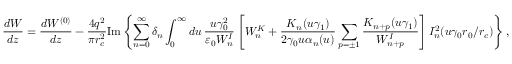
\frac { d W } { d z } = \frac { d W ^ { ( 0 ) } } { d z } - \frac { 4 q ^ { 2 } } { \pi r _ { c } ^ { 2 } } \mathrm { I m } \left\{ \sum _ { n = 0 } ^ { \infty } \delta _ { n } \int _ { 0 } ^ { \infty } d u \, \frac { u \gamma _ { 0 } ^ { 2 } } { \varepsilon _ { 0 } W _ { n } ^ { I } } \left[ W _ { n } ^ { K } + \frac { K _ { n } ( u \gamma _ { 1 } ) } { 2 \gamma _ { 0 } u \alpha _ { n } ( u ) } \sum _ { p = \pm 1 } \frac { K _ { n + p } ( u \gamma _ { 1 } ) } { W _ { n + p } ^ { I } } \right] I _ { n } ^ { 2 } ( u \gamma _ { 0 } r _ { 0 } / r _ { c } ) \right\} ,